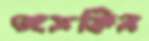
তাসকিন